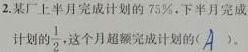
2. 某厂上半月完成计划的$75\%$，下半月完成计划的$\frac{1}{2}$，这个月超额完成计划的（  ）。